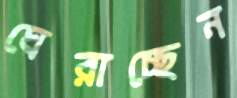
ঘেরাচ্ছেন